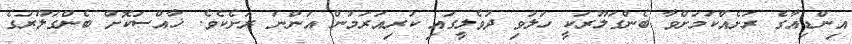
އިންޑިއާގެ ރަށެއްކަމަށްވާ ބެންގަލޫރަކީ ހަލުވި ދުވެލީގައި ކުރިއަރަމުން އަންނަ ރަށެކެވެ. ޚާއްސަކޮށް ބެންގަލޫރުގެ